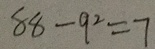
8 8 - 9 ^ { 2 } = 7